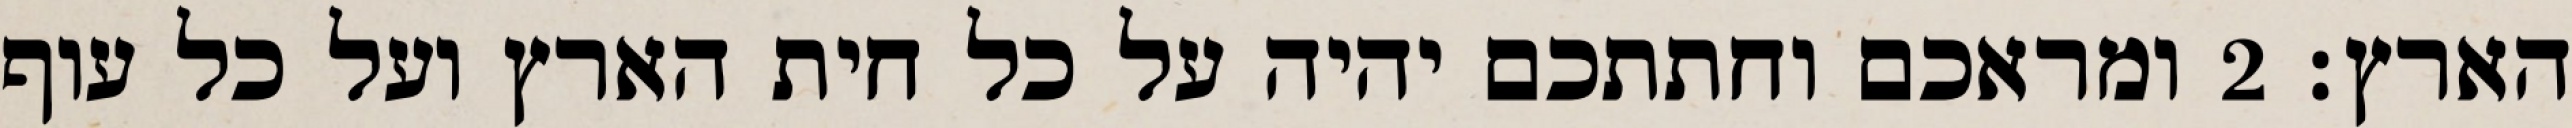
הארץ׃ ‎2‏ ומראכם וחתתכם יהיה על כל חית הארץ ועל כל עוף